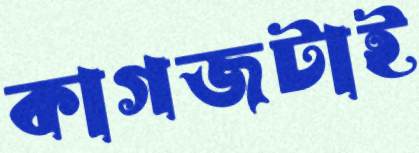
কাগজটাই